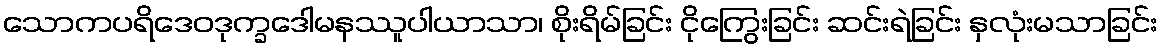
သောကပရိဒေဝဒုက္ခဒေါမနဿူပါယာသာ၊ စိုးရိမ်ခြင်း ငိုကြွေးခြင်း ဆင်းရဲခြင်း နှလုံးမသာခြင်း